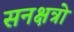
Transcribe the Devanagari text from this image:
सनक्षत्रो